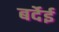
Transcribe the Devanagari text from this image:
बर्देई